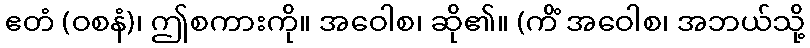
ဧတံ (ဝစနံ)၊ ဤစကားကို။ အဝေါစ၊ ဆို၏။ (ကိံ အဝေါစ၊ အဘယ်သို့